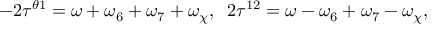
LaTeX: - 2 \tau ^ { \theta 1 } = \omega + \omega _ { 6 } + \omega _ { 7 } + \omega _ { \chi } , \; \; 2 \tau ^ { 1 2 } = \omega - \omega _ { 6 } + \omega _ { 7 } - \omega _ { \chi } ,